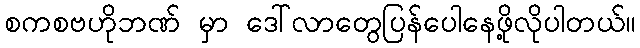
စကစဗဟိုဘဏ် မှာ ဒေါ်လာတွေပြန်ပေါနေဖို့လိုပါတယ်။